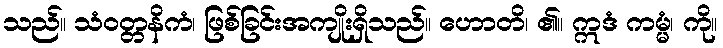
သည်။ သံဝတ္တနိကံ၊ ဖြစ်ခြင်းအကျိုးရှိသည်။ ဟောတိ၊ ၏။ ဣဒံ ကမ္မံ၊ ကို။